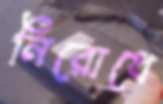
নিরোধে